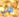
التي